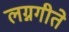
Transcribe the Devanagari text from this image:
लग्नगीते